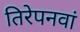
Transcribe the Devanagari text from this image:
तिरेपनवां